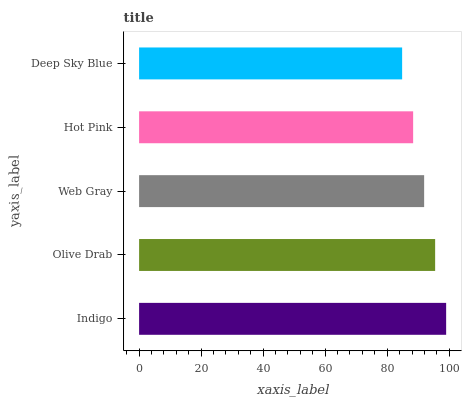
| yaxis_label | bars |
 | --- | --- |
 | Indigo | 99 |
 | Olive Drab | 95.5 |
 | Web Gray | 91.9 |
 | Hot Pink | 88.4 |
 | Deep Sky Blue | 84.8 |